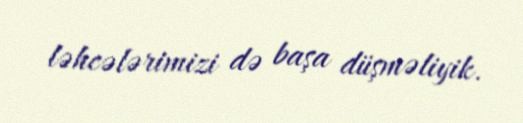
ləhcələrimizi də başa düşməliyik.